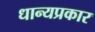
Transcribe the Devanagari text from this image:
धान्यप्रकार